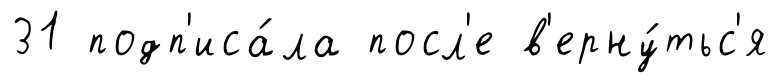
31 подп'иса́ла посл'е в'ерну́тьс'я